Scottish Leaving Certificate Examination, 1953
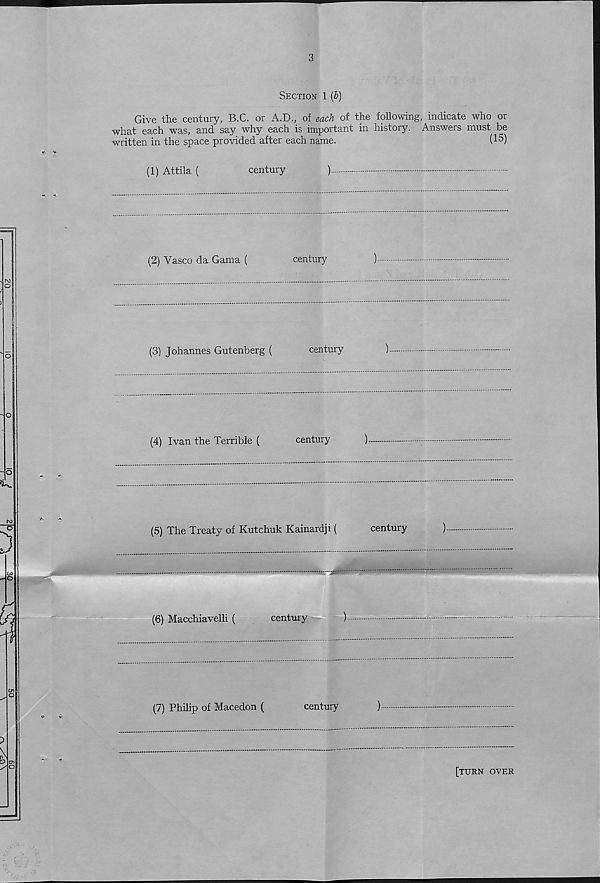
3
Section 1 (5)
Give the century, B.C. or A.D., of each of the following, indicate who or
what each was, and say why each is important in history. Answers must be
written in the space provided after each name.
(15)
(1) Attila (
century
)
(2) Vasco da Gama (
century
)
(3) Johannes Gutenberg (
century
)
(4) Ivan the Terrible (
century
)
(5) The Treaty of Kutchuk Kainardji (
century
)
(6) Macchiavelli (
century
)
(7) Philip of Macedon (
century
)
[turn over